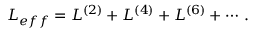
L _ { e f f } = L ^ { ( 2 ) } + L ^ { ( 4 ) } + L ^ { ( 6 ) } + \cdots \, .